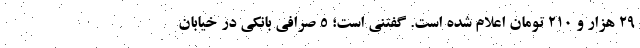
۲۹ هزار و ۲۱۰ تومان اعلام شده است. گفتنی است؛ ۵ صرافی بانکی در خیابان